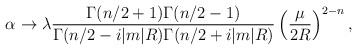
\begin{align*}\alpha \to \lambda\frac{\Gamma(n/2+1)\Gamma(n/2-1)}{\Gamma(n/2-i|m|R)\Gamma(n/2+i|m|R)} \left(\frac{\mu}{2R}\right)^{2-n},\end{align*}